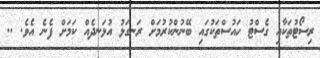
ރިސޯޓުތަކާއި ގެސްޓު ހައުސްތަކުގައި ބޭނުންކުރުމަށް ރަނގަޅު އުޅަނދެއް ކަމަށް ފެނެ އެވެ. ..